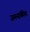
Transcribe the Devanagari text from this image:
जननांकीय